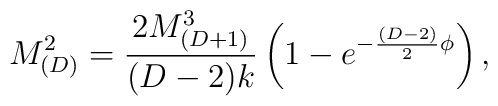
M_{(D)}^2 = \frac{2 M_{(D+1)}^3}{(D-2)k} \left( 1 - e^{-\frac{(D-2)}{2}\phi} \right),